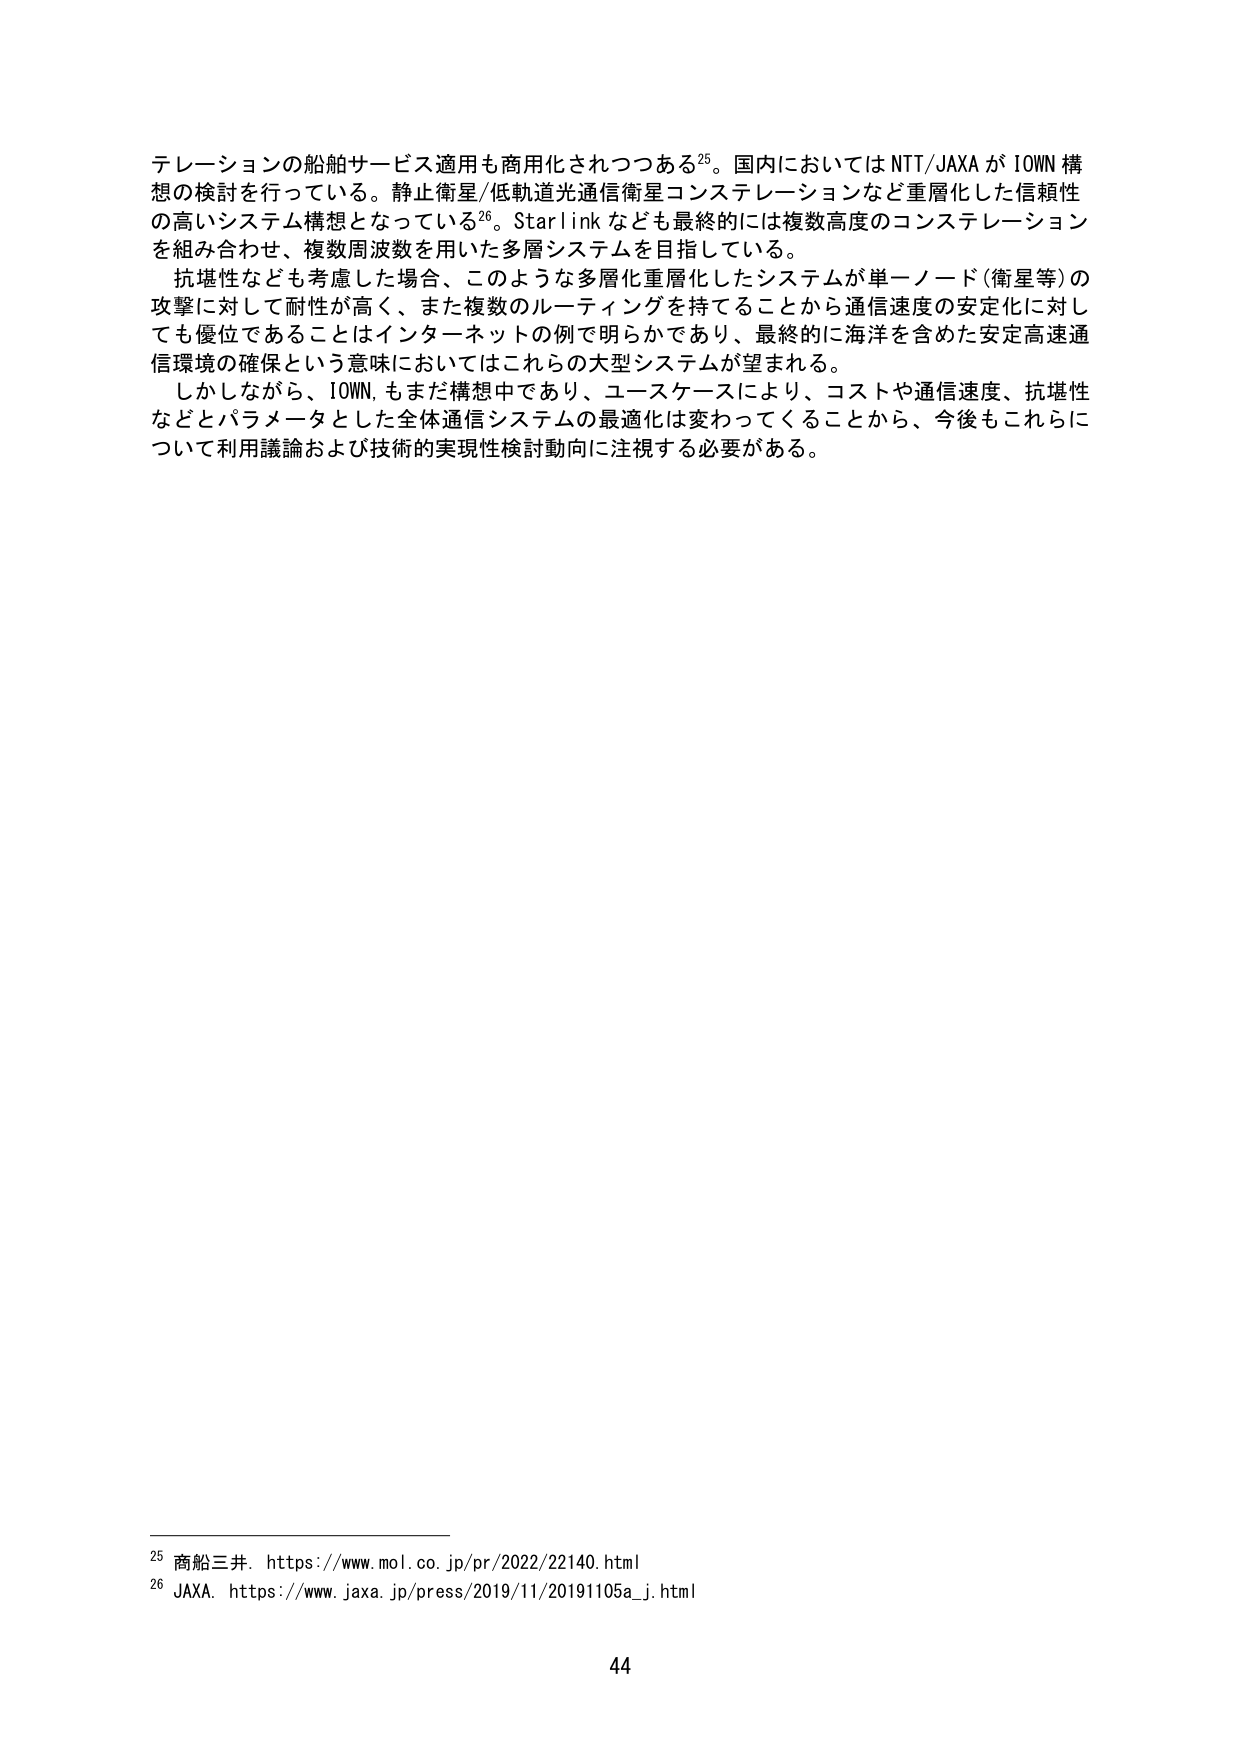
テレーションの船舶サービス適用も商用化されつつある25。国内においてはNTT/JAXAがIOWN構想の検討を行っている。静止衛星/低軌道光通信衛星コンステレーションなど重層化した信頼性の高いシステム構想となっている26。Starlinkなども最終的には複数高度のコンステレーションを組み合わせ、複数周波数を用いた多層システムを目指している。

抗堪性なども考慮した場合、このような多層化重層化したシステムが単一ノード（衛星等）の攻撃に対して耐性が高く、また複数のルーティングを持てることから通信速度の安定化に対しても優位であることはインターネットの例で明らかであり、最終的に海洋を含めた安定高速通信環境の確保という意味においてはこれらの大型システムが望まれる。

しかしながら、IOWNもまだ構想中であり、ユースケースにより、コストや通信速度、抗堪性などとパラメータとした全体通信システムの最適化は変わってくることから、今後もこれらについて利用議論および技術的実現性検討動向に注視する必要がある。

25 商船三井. https://www.mol.co.jp/pr/2022/22140.html
26 JAXA. https://www.jaxa.jp/press/2019/11/20191105a_j.html

44